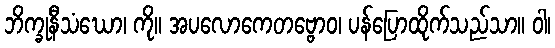
ဘိက္ခုနီသံဃော၊ ကို။ အပလောကေတဗ္ဗောဝ၊ ပန်ပြောထိုက်သည်သာ။ ဝါ၊